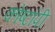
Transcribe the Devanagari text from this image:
कोष्टांपी